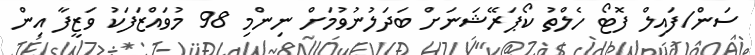
ސަން/ފައިލް ފޮޓޯ ހެލްތު ކޯޕަރޭޝަނަށް ބަދަލުނުވުމަށް ނިންމި 98 މުވައްޒަފަކު ވަޒީފާ އިން